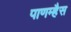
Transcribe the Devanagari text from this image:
पाणम्हैस